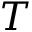
T